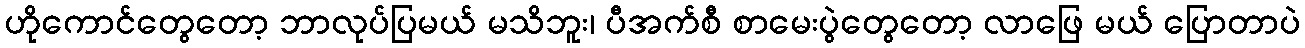
ဟိုကောင်တွေတော့ ဘာလုပ်ပြမယ် မသိဘူး၊ ပီအက်စီ စာမေးပွဲတွေတော့ လာဖြေ မယ် ပြောတာပဲ